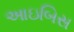
આઇબિસ